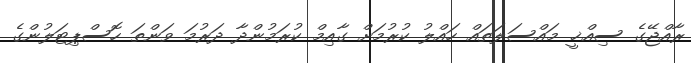
ރާއްޖޭގެ ސިއްޚީ މައްސަލަތައް ހައްލު ކުރުމަށް ގާއިމް ކުރަމުންދާ ދަރުމަ ވަންތަ ހޮސްޕިޓަލުންގެ